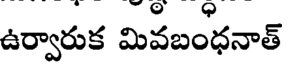
ఉర్వారుక మివబంధనాత్